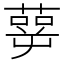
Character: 𰱹